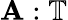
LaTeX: \mathbf A:\mathbb T